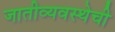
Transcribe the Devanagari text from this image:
जातीव्यवस्थेची